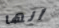
انها